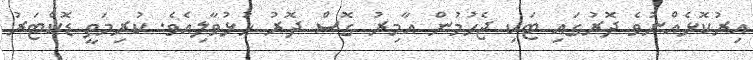
އިރުކޮޅެއްނުވެ ދޮރުގައި ޓަކި ޖެހުމުން އާމިރު ގޮސް ދޮރު ހުޅުވާލިއެވެ. ކުރިމަތީ ޑޮކްޓަރު